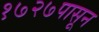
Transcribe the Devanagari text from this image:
१७२७पासून